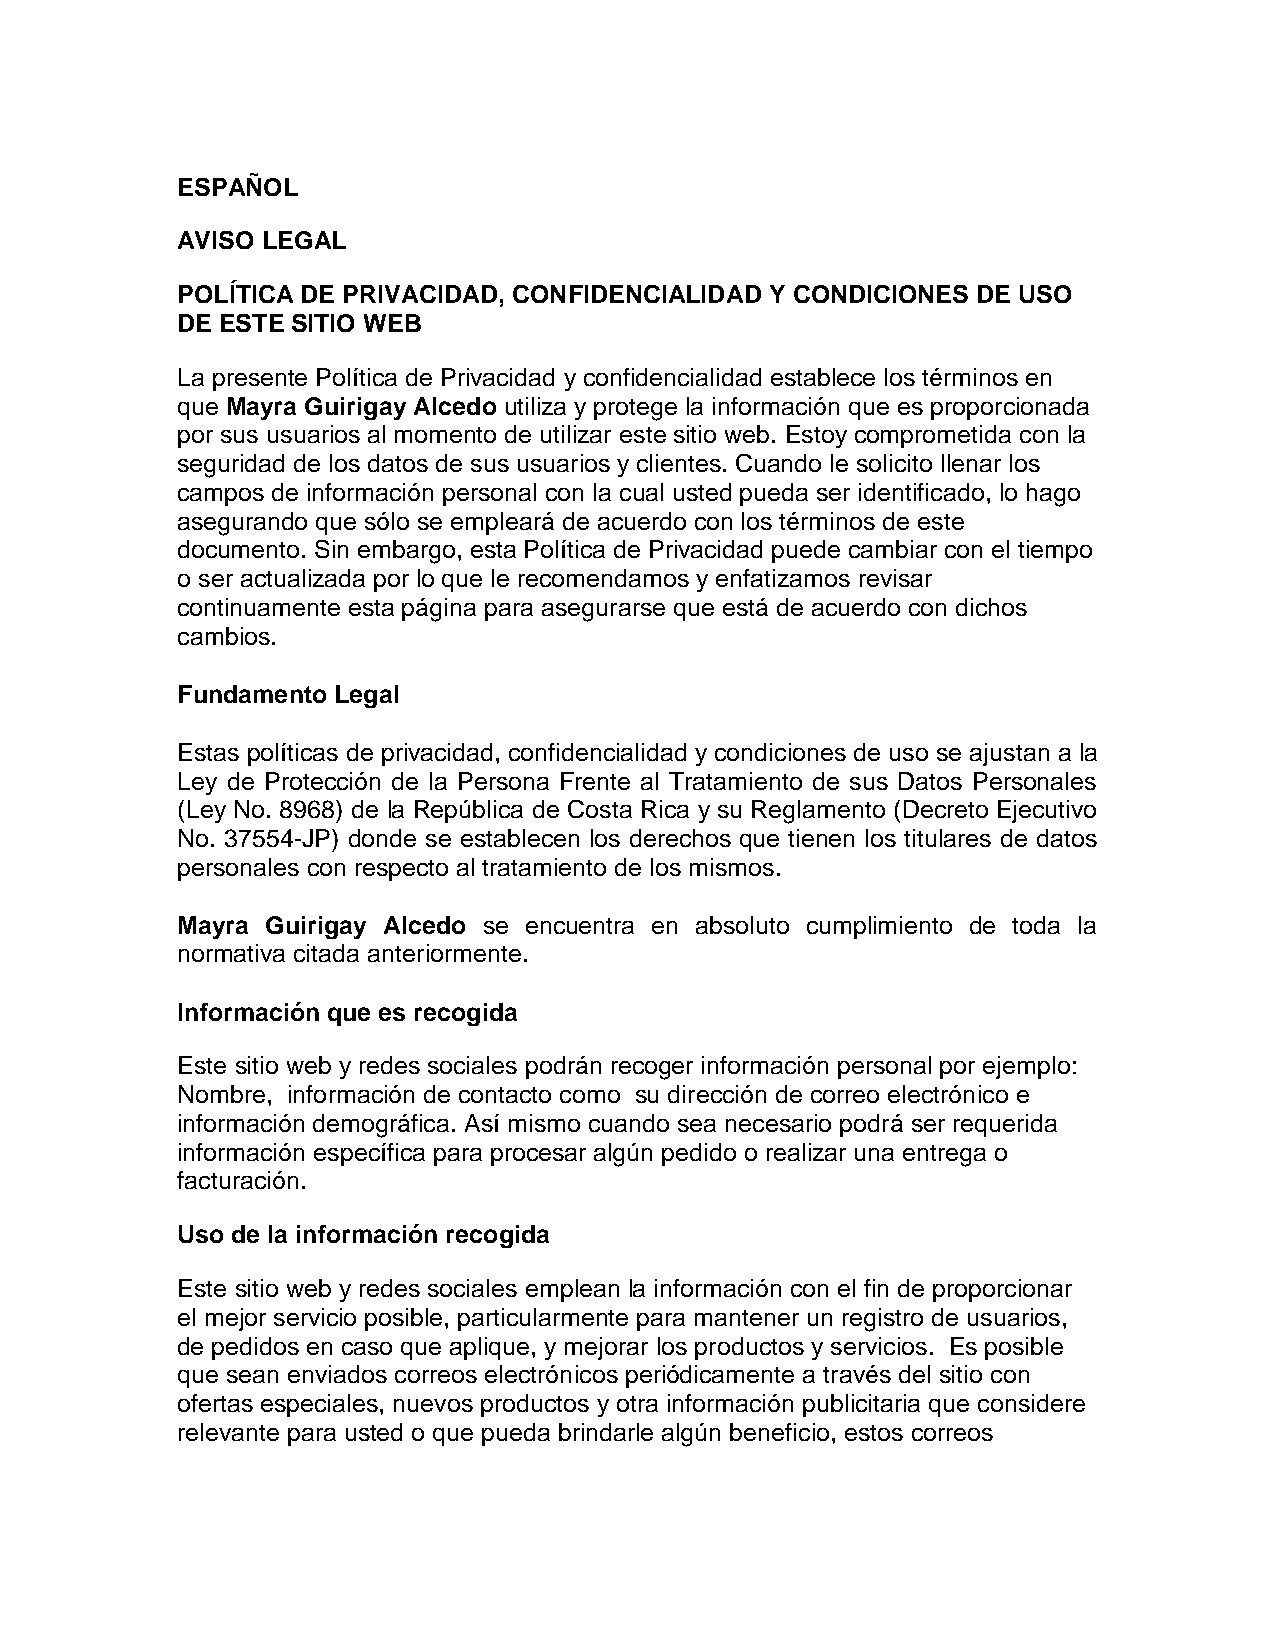
ESPAÑOL
 AVISO LEGAL
 POLÍTICA DE PRIVACIDAD, CONFIDENCIALIDAD Y CONDICIONES DE USO
 DE ESTE SITIO WEB
 La presente Política de Privacidad y confidencialidad establece los términos en
 que Mayra Guirigay Alcedo utiliza y protege la información que es proporcionada
 por sus usuarios al momento de utilizar este sitio web. Estoy comprometida con la
 seguridad de los datos de sus usuarios y clientes. Cuando le solicito llenar los
 campos de información personal con la cual usted pueda ser identificado, lo hago
 asegurando que sólo se empleará de acuerdo con los términos de este
 documento. Sin embargo, esta Política de Privacidad puede cambiar con el tiempo
 o ser actualizada por lo que le recomendamos y enfatizamos revisar
 continuamente esta página para asegurarse que está de acuerdo con dichos
 cambios.
 Fundamento Legal
 Estas políticas de privacidad, confidencialidad y condiciones de uso se ajustan a la
 Ley de Protección de la Persona Frente al Tratamiento de sus Datos Personales
 (Ley No. 8968) de la República de Costa Rica y su Reglamento (Decreto Ejecutivo
 No. 37554-JP) donde se establecen los derechos que tienen los titulares de datos
 personales con respecto al tratamiento de los mismos.
 Mayra Guirigay Alcedo se encuentra en absoluto cumplimiento de toda la
 normativa citada anteriormente.
 Información que es recogida
 Este sitio web y redes sociales podrán recoger información personal por ejemplo:
 Nombre, información de contacto como su dirección de correo electrónico e
 información demográfica. Así mismo cuando sea necesario podrá ser requerida
 información específica para procesar algún pedido o realizar una entrega o
 facturación.
 Uso de la información recogida
 Este sitio web y redes sociales emplean la información con el fin de proporcionar
 el mejor servicio posible, particularmente para mantener un registro de usuarios,
 de pedidos en caso que aplique, y mejorar los productos y servicios. Es posible
 que sean enviados correos electrónicos periódicamente a través del sitio con
 ofertas especiales, nuevos productos y otra información publicitaria que considere
 relevante para usted o que pueda brindarle algún beneficio, estos correos